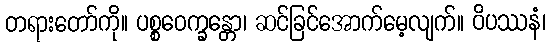
တရားတော်ကို။ ပစ္စဝေက္ခန္တော၊ ဆင်ခြင်အောက်မေ့လျက်။ ဝိပဿနံ၊